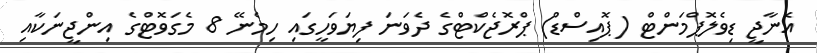
އެނާޖީ ޑިވެލޮޕްމަންޓް (ޕޮއިސްޑް) ޕްރޮޖެކްޓްގެ ދެވަނަ ފިޔަވަހީގައި ހިމެނޭ 8 މެގަވޮޓްގެ އިންޖީނަކާއި